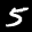
Label: 5